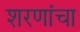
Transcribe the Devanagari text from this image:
शरणांचा